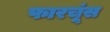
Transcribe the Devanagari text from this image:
फारचूंस